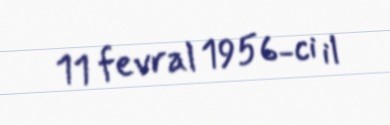
11 fevral 1956-ci il